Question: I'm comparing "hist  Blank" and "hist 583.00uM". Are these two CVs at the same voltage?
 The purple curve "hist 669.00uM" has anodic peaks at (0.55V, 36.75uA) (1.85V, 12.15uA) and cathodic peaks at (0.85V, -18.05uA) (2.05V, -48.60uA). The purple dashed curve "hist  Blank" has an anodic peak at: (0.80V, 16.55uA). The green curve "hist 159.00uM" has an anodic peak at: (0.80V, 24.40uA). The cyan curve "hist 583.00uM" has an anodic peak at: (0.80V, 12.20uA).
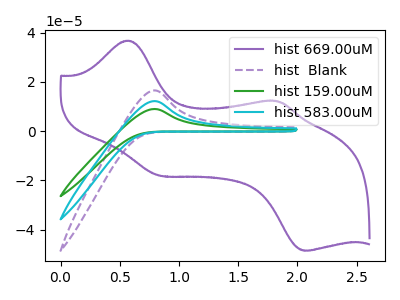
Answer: <think>All the peaks in "hist  Blank" have a peak in "hist 583.00uM" at the same potential. Every peak in "hist  Blank" is higher than every peak in "hist 583.00uM".
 </think>
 <answer>"hist  Blank" and "hist 583.00uM" are similar in shape.</answer>
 <eval>same_shape</eval>